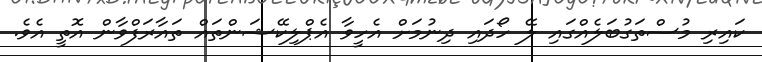
ކައިރި މުސްތަގުބަލެއްގައި ލޭ ހޯދައި ދިނުމަށް އެހީވާ އެޕްލިކޭޝަންތައް ތައާރަފްވާން އޮތީ އެވެ.